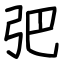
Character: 弝